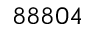
8 8 8 0 4